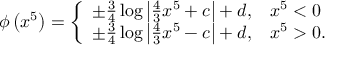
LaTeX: \phi \left( x ^ { 5 } \right) = \left\{ \begin{array} { l l } { { \pm \frac { 3 } { 4 } \log \left| \frac { 4 } { 3 } x ^ { 5 } + c \right| + d , } } & { { x ^ { 5 } < 0 } } \\ { { \pm \frac { 3 } { 4 } \log \left| \frac { 4 } { 3 } x ^ { 5 } - c \right| + d , } } & { { x ^ { 5 } > 0 . } } \end{array} \right.